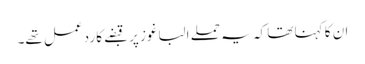
ان کا کہنا تھا کہ یہ حملے الباغوز پر قبضے کا ردعمل تھے۔